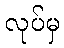
လုပ်မှ